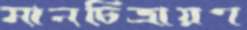
মানচিত্রায়ণ